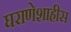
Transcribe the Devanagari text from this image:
घराणेशाहीस